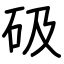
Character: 砐